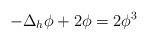
LaTeX: \begin{align*} -\Delta_{h} \phi + 2\phi = 2\phi^3 \end{align*}